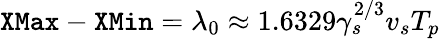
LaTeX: \texttt{XMax}-\texttt{XMin}=\lambda_{0}\approx 1.6329\gamma_{s}^{2/3}v_{s}T_{p}